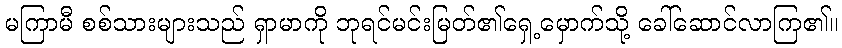
မကြာမီ စစ်သားများသည် ရှာမာကို ဘုရင်မင်းမြတ်၏ရှေ့မှောက်သို့ ခေါ်ဆောင်လာကြ၏။